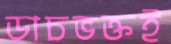
ডাচভক্তই